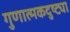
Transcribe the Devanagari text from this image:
गुणात्मकदुष्ट्या